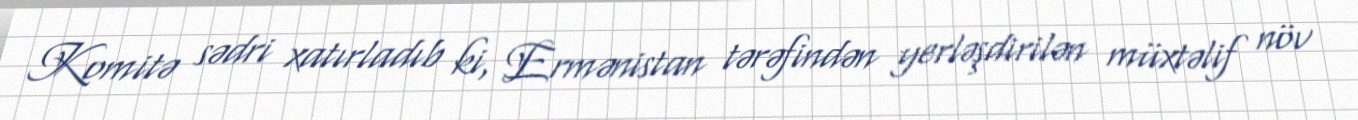
Komitə sədri xatırladıb ki, Ermənistan tərəfindən yerləşdirilən müxtəlif növ